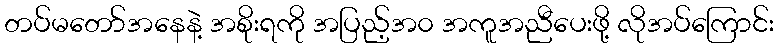
တပ်မတော်အနေနဲ့ အစိုးရကို အပြည့်အ၀ အကူအညီပေးဖို့ လိုအပ်ကြောင်း